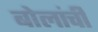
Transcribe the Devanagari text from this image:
बोलांची